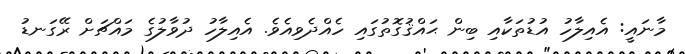
މާނައީ: އެއިލާހު އުޑުތަކާއި ބިން ޙައްޤުގޮތުގައި ހެއްދެވިއެވެ. އެއިލާހު ދުވާލުގެ މައްޗަށް ރޭގަނޑު